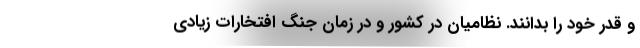
و قدر خود را بدانند. نظامیان در کشور و در زمان جنگ افتخارات زیادی